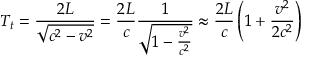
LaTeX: T _ { t } = { \frac { 2 L } { \sqrt { c ^ { 2 } - v ^ { 2 } } } } = { \frac { 2 L } { c } } { \frac { 1 } { \sqrt { 1 - { \frac { v ^ { 2 } } { c ^ { 2 } } } } } } \approx { \frac { 2 L } { c } } \left( 1 + { \frac { v ^ { 2 } } { 2 c ^ { 2 } } } \right)